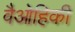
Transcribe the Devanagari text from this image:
वैओहिकी